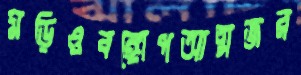
মড়িওবঙ্গোপআত্মজর